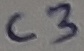
Text: C3